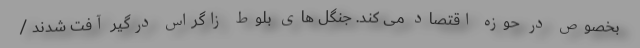
بخصوص در حوزه اقتصاد می کند. جنگل های بلوط زاگراس درگیر آفت شدند /